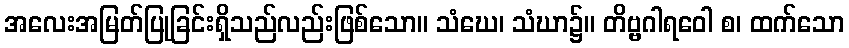
အလေးအမြတ်ပြုခြင်းရှိသည်လည်းဖြစ်သော။ သံဃေ၊ သံဃာ၌။ တိဗ္ဗဂါရဝေါ စ၊ ထက်သော